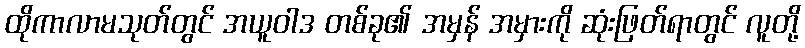
ထိုကာလာမသုတ်တွင် အယူဝါဒ တစ်ခု၏ အမှန် အမှားကို ဆုံးဖြတ်ရာတွင် လူတို့